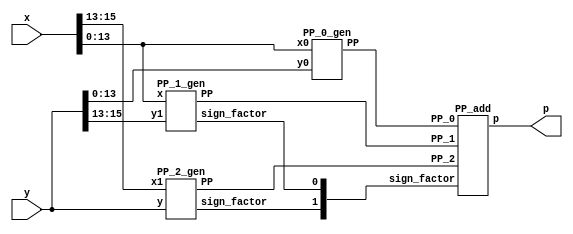

// Calculates P = X*Y = X1*Y*2^14 + X0*Y1*2^14 + X0*Y0
// X1 = x[15:13], X0 = x[13:0]
// Y1 = y[15:13], Y0 = y[13:0]

module ELM_Mitchw6(
    input [15:0] x,
    input [15:0] y,
    output [31:0] p
    );
    
    wire [1:0] sign_factor;
    wire [16:0] PP_2;
    wire [14:0] PP_1;
    wire [27:0] PP_0;
    
// Calculates PP_2 = Y*X1
    PP_2_gen High(
        .x1(x[15:13]),
        .y(y),
        .sign_factor(sign_factor[1]),
        .PP(PP_2)
        );
// Calculates PP_1 = Y1*X0    
    PP_1_gen Middle(
        .x(x[13:0]),
        .y1(y[15:13]),
        .sign_factor(sign_factor[0]),
        .PP(PP_1)
        );
// Calculates PP_0 = X0*YO
    PP_0_gen Low(
        .x0(x[13:0]),
        .y0(y[13:0]),
        .PP(PP_0)
        );

// Partial product addition 

    PP_add Final(
        .sign_factor(sign_factor),
        .PP_2(PP_2),
        .PP_1(PP_1),
        .PP_0(PP_0),
        .p(p)
        );
        
endmodule

// Calculates PP_2 = Y*X1
module PP_2_gen(
    input [2:0] x1,
    input [15:0] y,
    output sign_factor,
    output [16:0] PP
    );
    
    // encode 
    wire one, two, sign;
    
    code encode_block(
        .one(one),
        .two(two),
        .sign(sign),
        .y2(x1[2]),
        .y1(x1[1]),
        .y0(x1[0])
        );
        
    // generation of PP
    wire [16:0] tmp1_pp; 
    assign tmp1_pp = {y[15],y}; // This variable is introduced because pp has 17 bits
    
    wire [17:0] out1;
    assign out1[0] = sign;
    
    genvar i;
    generate
        for ( i = 0; i < 17; i = i+1 )
            begin : pp_rad4_first 
            product pp_pr(tmp1_pp[i],out1[i],one,two,sign,PP[i],out1[i+1]);
            end
    endgenerate
    
    //sign factor generate
    sgn_gen sign_gen(one,two,sign,sign_factor);
       

endmodule

// Calculates PP_1 = Y1*X0
module PP_1_gen(
    input [13:0] x,
    input [2:0] y1,
    output sign_factor,
    output [14:0] PP
    );
    
    // encode 
    wire one, two, sign;
    
    code encode_block(
        .one(one),
        .two(two),
        .sign(sign),
        .y2(y1[2]),
        .y1(y1[1]),
        .y0(y1[0])
        );
        
    // generation of PP
    wire [14:0] tmp1_pp; 
    assign tmp1_pp = {x[13],x}; // This variable is introduced because pp has 17 bits
    
    wire [15:0] out1;
    assign out1[0] = sign;
    
    genvar i;
    generate
        for ( i = 0; i < 15; i = i+1 )
            begin : pp_rad4_first 
            product pp_pr(tmp1_pp[i],out1[i],one,two,sign,PP[i],out1[i+1]);
            end
    endgenerate
    
    //sign factor generate
    sgn_gen sign_gen(one,two,sign,sign_factor);
       

endmodule   

//encoding


module code(one,two,sign,y2,y1,y0);  
	input y2,y1,y0;                     
	output one,two,sign;                
	wire [1:0]k;                        
	xor x1(one,y0,y1);                  
	xor x2(k[1],y2,y1);                 
	not n1(k[0],one);                   
	and a1(two,k[0],k[1]);              
	assign sign=y2;                     
endmodule       
    
//generation of inner products

module product(x1,x0,one,two,sign,p,i);
	input x1,x0,sign,one,two;
	output p,i;
	wire [1:0] k;
	xor xo1(i,x1,sign);
	and a1(k[1],i,one);
	and a0(k[0],x0,two);
	or o1(p,k[1],k[0]);
endmodule

//sign_factor generate

module sgn_gen(one,two,sign,sign_factor);
    input sign,one,two;
    output sign_factor;
    wire k;
    or o1(k,one,two);
    and a1(sign_factor,sign,k);
endmodule



// Calculates PP_0 = Y0*X0    
module PP_0_gen(
    input signed [13:0] x0,
    input signed [13:0] y0,
    output signed [27:0] PP
    );
    
    // X branch 

    // First complement 
    wire [13:0] x0_abs;
    assign x0_abs = x0 ^ {14{x0[13]}};
    
    // LOD
    wire [13:0] k_x0;
    wire zero_x0;
    wire [13:0] x0_abs2;
	assign x0_abs2 = x0_abs;

    LOD14 lod_x0(
        .data_i(x0_abs),
        .zero_o(zero_x0),
        .data_o(k_x0));
        
    // PriorityEncoder
    wire [3:0] k_x0_enc;
    
    PriorityEncoder_14v2 PE_x0(
        .data_i(k_x0),
        .code_o(k_x0_enc));
        
    // LBarrel 
    wire [4:0] x_shift;
    
    LBarrel Lshift_x0(
        .data_i(x0_abs2),
        .shift_i(k_x0),
        .data_o(x_shift));
        
    // Y branch 
    
    // First complement 
    wire [13:0] y0_abs;
    assign y0_abs = y0 ^ {14{y0[13]}};
    
    // LOD
    wire [13:0] k_y0;
    wire zero_y0;
    
    LOD14 lod_y0(
        .data_i(y0_abs),
        .zero_o(zero_y0),
        .data_o(k_y0));
      
	wire [13:0] y0_abs2;
	assign y0_abs2 = y0_abs;  
  
    // PriorityEncoder
    wire [3:0] k_y0_enc;
    
    PriorityEncoder_14v2 PE_y0(
        .data_i(k_y0),
        .code_o(k_y0_enc));
        
    // LBarrel 
    wire [4:0] y_shift;
    
    LBarrel Lshift_y0(
        .data_i(y0_abs2),
        .shift_i(k_y0),
        .data_o(y_shift));
        
    
    // Addition 
    wire [9:0] x_log;
    wire [9:0] y_log;
    wire [9:0] p_log;
    
    assign x_log = {1'b0,k_x0_enc,x_shift};
    assign y_log = {1'b0,k_y0_enc,y_shift};

    
    assign p_log = x_log + y_log;
    
    // Antilogarithm 
    
    // L1 barell shifter 
    wire [21:0] p_l1b;
    wire [5:0] l1_input;
    
    assign l1_input = {1'b1,p_log[4:0]};
   
    L1Barrel L1shift_plog(
        .data_i(l1_input),
        .shift_i(p_log[8:5]),
        .data_o(p_l1b));

   
    // Low part 
    // Low part of product 
    wire [10:0] p_low;
    wire not_k_l5 = ~p_log[9];
    
    assign p_low = p_l1b[15:5] & {11{not_k_l5}};
    
    // Medium part of product 
    
    wire [5:0] p_med;
    
    assign p_med = p_log[9] ? p_l1b[5:0] : p_l1b[21:16];
    
    // High part of product 
    
    wire [10:0] p_high;

    assign p_high = p_l1b[16:6] & {11{p_log[9]}};
    // Final product
    
    wire [27:0] PP_abs;
    assign PP_abs = {p_high,p_med,p_low};
    
    // Sign conversion 
    wire p_sign;
    wire [27:0] PP_temp;
    
    
    assign p_sign = x0[13] ^ y0[13];
    assign PP_temp = PP_abs ^ {28{p_sign}};
    
    //Zero mux0
    wire notZeroA, notZeroB, notZeroD;
    assign notZeroA = ~zero_x0 | x0[13] | x0[0];
    assign notZeroB = ~zero_y0 | y0[13] | y0[0];
    assign notZeroD = notZeroA & notZeroB;
    
    
    assign PP = notZeroD? PP_temp : 28'b0;
    
endmodule

module LOD14(
    input [13:0] data_i,
    output zero_o,
    output [13:0] data_o
    );
	
	 wire [13:0] z;
	 wire [3:0] zdet;
	 wire [3:0] select;
	 //*****************************************
	 // Zero detection logic:
	 //*****************************************
	 assign zdet[3] = |(data_i[13:12]);
	 assign zdet[2] = |(data_i[11:8]);
	 assign zdet[1] = |(data_i[7:4]);
	 assign zdet[0] = |(data_i[3:0]);
	 assign zero_o = ~( zdet[0]  | zdet[1] );
	

	 //*****************************************
	 // LODs:
	 //*****************************************
	 LOD4 lod4_1 (
		.data_i(data_i[3:0]), 
		.data_o(z[3:0])
	 );
	 
	  LOD4 lod4_2 (
            .data_i(data_i[7:4]), 
            .data_o(z[7:4])
         );
         
      LOD4 lod4_3 (
           .data_i(data_i[11:8]), 
           .data_o(z[11:8])
        );
	 LOD2 lod2_4 (
                .data_i(data_i[13:12]), 
                .data_o(z[13:12])
             );
	 
	 	LOD4 lod4_5 (
                .data_i(zdet), 
                .data_o(select)
             );
	 
	 //*****************************************
	 // Multiplexers :
	 //*****************************************
	 
	Muxes2in1Array2 Inst_MUX214_3 (
         .data_i(z[13:12]), 
         .select_i(select[3]), 
         .data_o(data_o[13:12])
     );
	 
	Muxes2in1Array4 Inst_MUX214_2 (
        .data_i(z[11:8]), 
        .select_i(select[2]), 
        .data_o(data_o[11:8])
    );

	 
	 Muxes2in1Array4 Inst_MUX214_1 (
        .data_i(z[7:4]), 
        .select_i(select[1]), 
        .data_o(data_o[7:4])
    );

	 Muxes2in1Array4 Inst_MUX214_0 (
		.data_i(z[3:0]), 
		.select_i(select[0]), 
		.data_o(data_o[3:0])
    );

endmodule

module LOD4(
    input [3:0] data_i,
    output [3:0] data_o
    );
	 
	 
	 wire mux0;
	 wire mux1;
	 wire mux2;
	 
	 // multiplexers:
	 assign mux2 = (data_i[3]==1) ? 1'b0 : 1'b1;
	 assign mux1 = (data_i[2]==1) ? 1'b0 : mux2;
	 assign mux0 = (data_i[1]==1) ? 1'b0 : mux1;
	 
	 //gates and IO assignments:
	 assign data_o[3] = data_i[3];
	 assign data_o[2] =(mux2 & data_i[2]);
	 assign data_o[1] =(mux1 & data_i[1]);
	 assign data_o[0] =(mux0 & data_i[0]);
	 

endmodule

module LOD2(
    input [1:0] data_i,
    output [1:0] data_o
    );
	 
	 
	 //gates and IO assignments:
	 assign data_o[1] = data_i[1];
	 assign data_o[0] =(~data_i[1] & data_i[0]);
	 

endmodule

module Muxes2in1Array4(
    input [3:0] data_i,
    input select_i,
    output [3:0] data_o
    );

	assign data_o[3] = select_i ? data_i[3] : 1'b0;
	assign data_o[2] = select_i ? data_i[2] : 1'b0;
	assign data_o[1] = select_i ? data_i[1] : 1'b0;
	assign data_o[0] = select_i ? data_i[0] : 1'b0;
	
endmodule

module Muxes2in1Array2(
    input [1:0] data_i,
    input select_i,
    output [1:0] data_o
    );
    
	assign data_o[1] = select_i ? data_i[1] : 1'b0;
	assign data_o[0] = select_i ? data_i[0] : 1'b0;
	
endmodule


module PriorityEncoder_14v2(
    input [13:0] data_i,
    output [3:0] code_o
    );
	
	wire tmp10, tmp20,tmp30,tmp40;

	assign tmp10 = ~(~(data_i[1] | data_i[3]) & ~data_i[5]);
	assign tmp20 = ~(~(data_i[7] | data_i[9]) & ~data_i[11]);
	assign code_o[0] = tmp10 | tmp20;

	assign tmp30 = ~(~(data_i[2] | data_i[3]) & ~data_i[6]);
	assign tmp40 = ~(~(data_i[7] | data_i[10]) & ~data_i[11]);
	assign code_o[1] = tmp30 | tmp40;

	wire [1:0] tmp50, tmp60;
	wire tmp70, tmp80;
	assign tmp50 = ~ (data_i[5:4] | data_i[7:6]);
	assign tmp70 = ~&(tmp50);
	assign code_o[2] = tmp70 | data_i[12];

	assign tmp60 = ~ (data_i[9:8] | data_i[11:10]);
	assign tmp80 = ~&(tmp60);
	assign code_o[3] = tmp80 | data_i[12];

endmodule

module LBarrel(
    input [13:0] data_i,
    input [13:0] shift_i,
    output [4:0] data_o);
    
    //assign data_o[4] = |(data_i[11:0] & shift_i[12:1]);
	wire [11:0] tmp1_l; //a,b
	wire [5:0] tmp2_l;	// c
	wire [2:0] tmp3_l;	//d
	assign tmp1_l = ~(data_i[11:0] & shift_i[12:1]);
	assign tmp2_l = ~(tmp1_l[11:6] & tmp1_l[5:0]);	
    assign tmp3_l = ~(tmp2_l[5:3] | tmp2_l[2:0]);
	assign data_o[4] = 	~&tmp3_l;

	//assign data_o[3] = |(data_i[10:0] & shift_i[12:2]);
	wire [11:0] tmp1_r;
	wire [5:0] tmp2_r;
	wire [2:0] tmp3_r;
	assign tmp1_r[11] = 1'b1;
	assign tmp1_r[10:0] = ~(data_i[10:0] & shift_i[12:2]);
	assign tmp2_r = ~(tmp1_r[11:6] & tmp1_r[5:0]);	
    assign tmp3_r = ~(tmp2_r[5:3] | tmp2_r[2:0]);
	assign data_o[3] = 	~&tmp3_r;
	
	
    //assign data_o[2] = |(data_i[9:0] & shift_i[12:3]);
	wire [11:0] tmp1_u;
	wire [5:0] tmp2_u;
	wire [2:0] tmp3_u;
	assign tmp1_u[11] = 1'b1;
	assign tmp1_u[10] = 1'b1;
	assign tmp1_u[9:0] = ~(data_i[9:0] & shift_i[12:3]);
	assign tmp2_u = ~(tmp1_u[11:6] & tmp1_u[5:0]);	
    assign tmp3_u = ~(tmp2_u[5:3] | tmp2_u[2:0]);
	assign data_o[2] = 	~&tmp3_u;
	
	
    //assign data_o[1] = |(data_i[8:0] & shift_i[12:4]);
	wire [11:0] tmp1_d;
	wire [5:0] tmp2_d;
	wire [2:0] tmp3_d;
    assign tmp1_d[11] = 1'b1;
	assign tmp1_d[10] = 1'b1;
	assign tmp1_d[9] = 1'b1;
	assign tmp1_d[8:0] = ~(data_i[8:0] & shift_i[12:4]);
	assign tmp2_d = ~(tmp1_d[11:6] & tmp1_d[5:0]);	
    assign tmp3_d = ~(tmp2_d[5:3] | tmp2_d[2:0]);
	assign data_o[1] = 	~&tmp3_d;
	
    //assign data_o[0] = |(data_i[8:0] & shift_i[12:4]);
	wire [11:0] tmp1_m;
	wire [5:0] tmp2_m;
	wire [2:0] tmp3_m;
    assign tmp1_m[11] = 1'b1;
	assign tmp1_m[10] = 1'b1;
	assign tmp1_m[9] = 1'b1;
	assign tmp1_m[8] = 1'b1;
	assign tmp1_m[7:0] = ~(data_i[7:0] & shift_i[12:5]);
	assign tmp2_m = ~(tmp1_m[11:6] & tmp1_m[5:0]);	
    assign tmp3_m = ~(tmp2_m[5:3] | tmp2_m[2:0]);
	assign data_o[0] = 	~&tmp3_m;
  
endmodule

module L1Barrel(
    input [5:0] data_i,
    input [3:0] shift_i,
    output reg [21:0] data_o);
    always @*
        case (shift_i)
           4'b0000: data_o = data_i;
           4'b0001: data_o = data_i << 1;
           4'b0010: data_o = data_i << 2;
           4'b0011: data_o = data_i << 3;
           4'b0100: data_o = data_i << 4;
           4'b0101: data_o = data_i << 5;
           4'b0110: data_o = data_i << 6;
           4'b0111: data_o = data_i << 7;
           4'b1000: data_o = data_i << 8;
           4'b1001: data_o = data_i << 9;
           4'b1010: data_o = data_i << 10;
           4'b1011: data_o = data_i << 11;
           4'b1100: data_o = data_i << 12;
           4'b1101: data_o = data_i << 13;
           4'b1110: data_o = data_i << 14;
           default: data_o = data_i << 15;
        endcase
endmodule



module PP_add(
    input [1:0] sign_factor,
    input [16:0] PP_2,
    input [14:0] PP_1,
    input [27:0] PP_0,
    output [31:0] p
    );
    
    
    // generate negative MSBs
    wire [2:0] E_MSB;
    assign E_MSB[0] = ~ PP_0[27];
    assign E_MSB[1] = ~ PP_1[14];
    assign E_MSB[2] = ~ PP_2[16];
    
    

    // Reduction 

    // First reduction

    wire [15:0] sum00_FA;
    wire [15:0] carry00_FA;


    wire [15:0] tmp001_FA;
    wire [15:0] tmp002_FA;
    wire [15:0] tmp003_FA;

    assign tmp001_FA = {E_MSB[0],PP_0[27],PP_0[27:14]};
    assign tmp002_FA = {E_MSB[1],PP_1};
    assign tmp003_FA = {PP_2[15:0]};


    genvar i001;
    generate
        for (i001 = 0; i001 < 16; i001 = i001 + 1)
            begin : pp_fad00
            FAd pp_fad(tmp001_FA[i001],tmp002_FA[i001], tmp003_FA[i001], carry00_FA[i001],sum00_FA[i001]);
            end
    endgenerate
    
    wire sum00_HA, carry00_HA;
    assign carry00_HA = PP_2[16]; // E_MSB[2]^1 = PP_2[16]
    assign sum00_HA = E_MSB[2]; // E_MSB[2]^1 = E_MSB[2]
    
    
    // Final addition
    wire [31:0] tmp1_add;
    wire [31:0] tmp2_add;
    
    assign tmp1_add = {E_MSB[2],sum00_HA,sum00_FA,PP_0[13:0]};
    assign tmp2_add = {carry00_HA,carry00_FA,sign_factor[1],{14{sign_factor[0]}}};
    
    assign p = tmp1_add + tmp2_add;
    
endmodule


module FAd(a,b,c,cy,sm);
	input a,b,c;
	output cy,sm;
	wire x,y,z;
	xor x1(x,a,b);
	xor x2(sm,x,c);
	and a1(y,a,b);
	and a2(z,x,c);
	or o1(cy,y,z);
endmodule